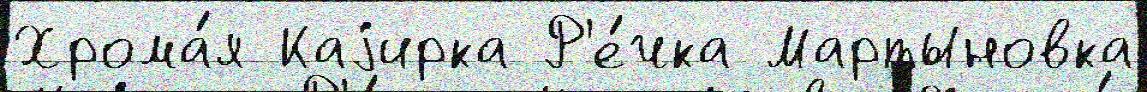
Хрома́я Каjирка Р'е́чка Мартыновка